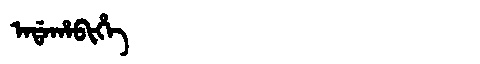
Manchu: ᠠᡩᠠᡥᠠᠪᡳᡥᡝ
Romanization: ADAHABIHE